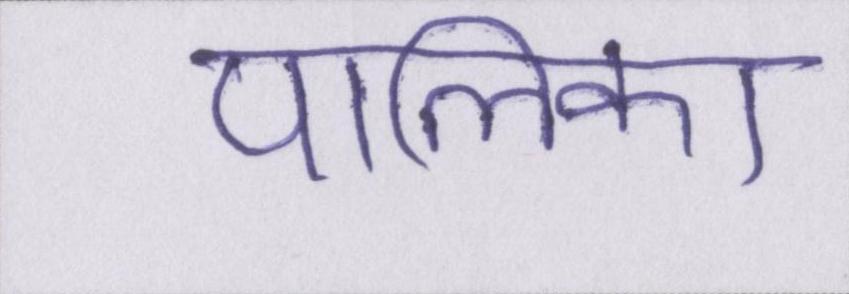
पालिका